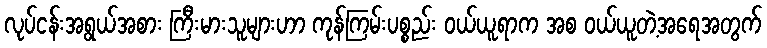
လုပ်ငန်းအရွယ်အစား ကြီးမားသူများဟာ ကုန်ကြမ်းပစ္စည်း ဝယ်ယူရာက အစ ဝယ်ယူတဲ့အရေအတွက်